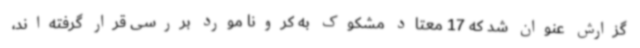
گزارش عنوان شد که 17 معتاد مشکوک به کرونا مورد بررسی قرار گرفته‌اند،